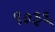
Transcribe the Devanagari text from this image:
९०३६